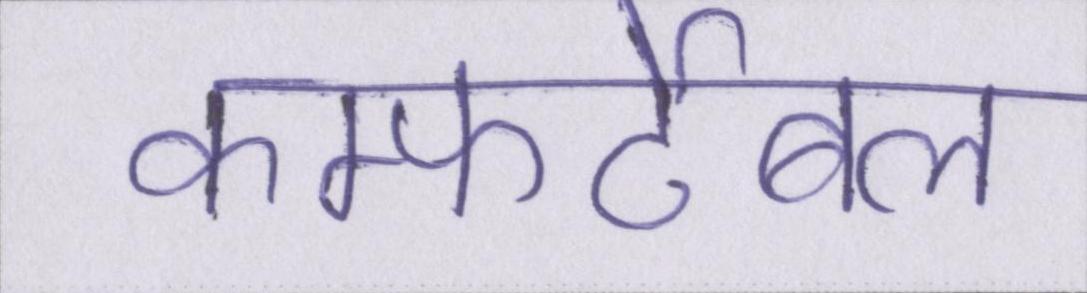
कम्फर्टेबल